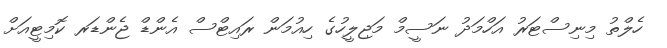
ހެލްތު މިނިސްޓަރު އަހްމަދު ނަސީމް މަޖިލީހުގެ ހިއުމަން ރައިޓްސް އެންޑް ޖެންޑަރ ކޮމިޓީއަށް